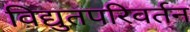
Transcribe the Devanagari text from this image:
विद्युतपरिवर्तन